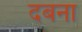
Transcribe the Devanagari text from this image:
दबना